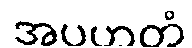
အပဟတံ